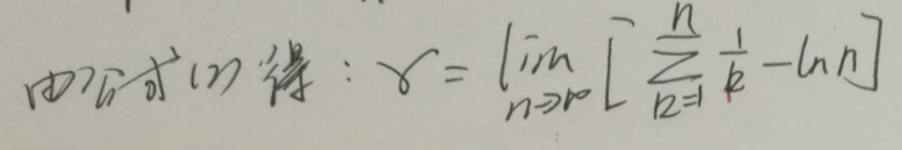
由公式(2)得：$\gamma = \lim_{n \to \infty} \left[ \sum_{k = 1}^{n} \frac{1}{k} - \ln n \right]$